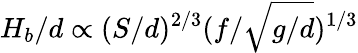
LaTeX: H_{b}/d\propto(S/d)^{2/3}(f/\sqrt{g/d})^{1/3}